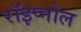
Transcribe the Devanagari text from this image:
रॉइप्नोल